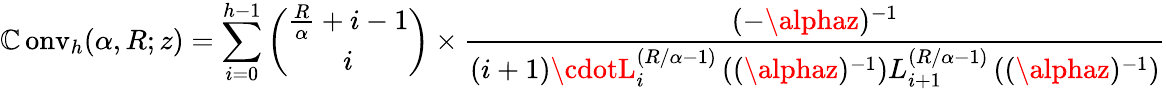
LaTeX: \operatorname{\mathbb{C}onv}_{h}(\alpha,R;z)=\sum_{i=0}^{h-1}{\binom{{\frac{{R}}{{\alpha}}}+i-1}{i}}\times{\frac{{(-\alphaz)^{-1}}}{{(i+1)\cdotL_{i}^{\left(R/\alpha-1\right)}\left((\alphaz)^{-1}\right)L_{i+1}^{\left(R/\alpha-1\right)}\left((\alphaz)^{-1}\right)}}}